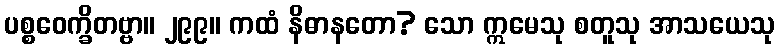
ပစ္စဝေက္ခိတဗ္ဗာ။ ၂၉၉။ ကထံ နိဓာနတော? သော ဣမေသု စတူသု အာသယေသု